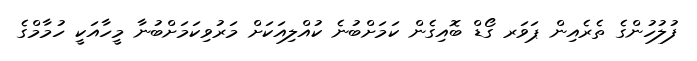
ފުލުހުންގެ ތެރެއިން ޕަވަރ ގޯޑް ބޮއިގެން ކަމަށްބުނެ ކުއްލިއަކަށް މަރުވިކަމަށްބުނާ މީހާއަކީ ހުމާމްގެ